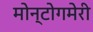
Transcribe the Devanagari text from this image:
मोन्टोगमेरी